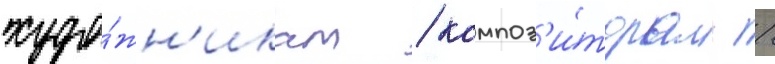
худо́жн'икам / композ'и́торам /